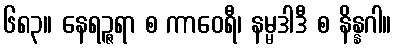
၆၈၃။ နေရဉ္ဇရာ စ ကာဝေရီ၊ နမ္မဒါဒီ စ နိန္နဂါ။